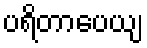
ပရိတာပေယျ